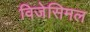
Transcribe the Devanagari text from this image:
विजेसिमल